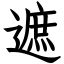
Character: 遮